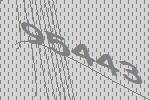
95443